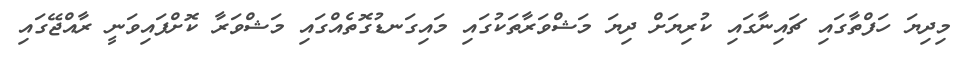
މިދިޔަ ހަފްތާގައި ޗައިނާގައި ކުރިޔަށް ދިޔަ މަޝްވަރާތަކުގައި މައިގަނޑުގޮތެއްގައި މަޝްވަރާ ކޮށްފައިވަނީ ރާއްޖޭގައި